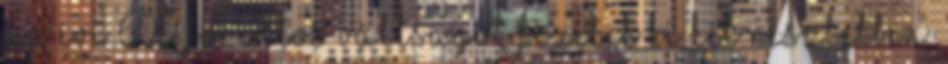
az évi 600 forintos váltságot fizetik ki két részletben,